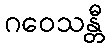
ဂဝေသန္တီ